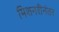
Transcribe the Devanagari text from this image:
मिशनरीनंतर